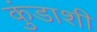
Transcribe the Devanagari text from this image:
कुंडाशी